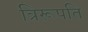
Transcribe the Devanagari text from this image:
त्रिरूपति